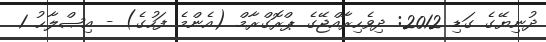
ދުނިޔޭގެ ގަޑި 2012: ދިވެހިރާއްޖޭގެ ޕްރޮގްރާމް (އެންމެ ފަހުގެ) - އިޞްލާޙު 1